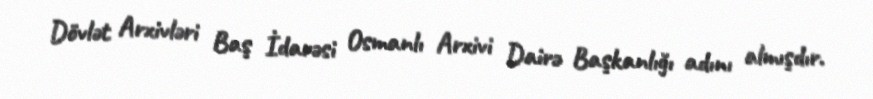
Dövlət Arxivləri Baş İdarəsi Osmanlı Arxivi Dairə Başkanlığı adını almışdır.